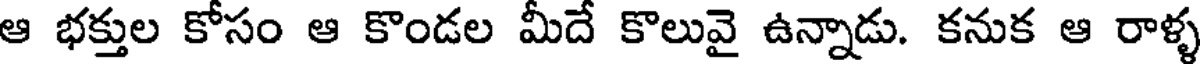
ఆ భక్తుల కోసం ఆ కొండల మీదే కొలువై ఉన్నాడు. కనుక ఆ రాళ్ళ